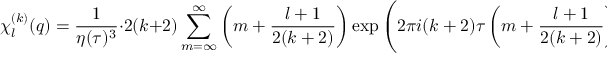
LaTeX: \chi _ { l } ^ { ( k ) } ( q ) = { \frac { 1 } { \eta ( \tau ) ^ { 3 } } } \cdot 2 ( k + 2 ) \sum _ { m = \infty } ^ { \infty } \left( m + { \frac { l + 1 } { 2 ( k + 2 ) } } \right) \exp \left( 2 \pi i ( k + 2 ) \tau \left( m + { \frac { l + 1 } { 2 ( k + 2 ) } } \right) ^ { 2 } \right) ,